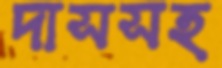
দাসসহ